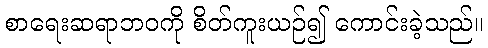
စာရေးဆရာဘဝကို စိတ်ကူးယဉ်၍ ကောင်းခဲ့သည်။